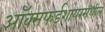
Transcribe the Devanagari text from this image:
ऑक्सफर्डशायरमधील